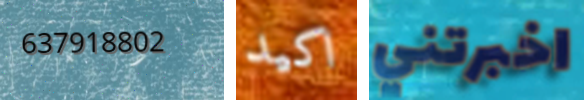
637918802 اكيد اخبرتني